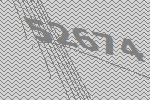
52674